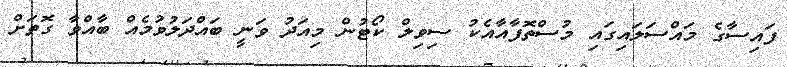
ފައިސާގެ މައްސަލައިގައި މުސްތޮފާއާއެކު ސިވިލް ކޯޓުން މިއަދު ވަނީ ބައްދަލުވުމެއް ބާއްވާ ގޮތަށް